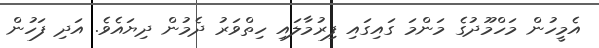
އެމީހުން މަހްމޫދުގެ މަންމަ ގައިގައި ފިރުމާލައި ހިތްވަރު ދެމުން ދިޔައެވެ. އަދި ފަހުން